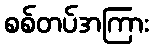
စစ်တပ်အကြား